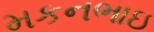
મકનભાઇ